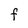
Character: F